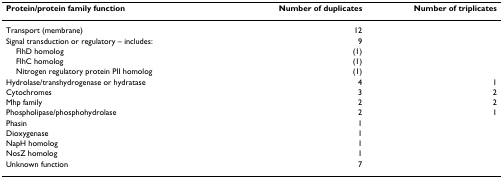
<table><thead><tr><td><b>Protein/protein family function</b></td><td><b>Number of duplicates</b></td><td><b>Number of triplicates</b></td></tr></thead><tbody><tr><td>Transport (membrane)</td><td>12</td><td></td></tr><tr><td>Signal transduction or regulatory – includes:</td><td>9</td><td></td></tr><tr><td> FlhD homolog</td><td>(1)</td><td></td></tr><tr><td> FlhC homolog</td><td>(1)</td><td></td></tr><tr><td> Nitrogen regulatory protein PII homolog</td><td>(1)</td><td></td></tr><tr><td>Hydrolase/transhydrogenase or hydratase</td><td>4</td><td>1</td></tr><tr><td>Cytochromes</td><td>3</td><td>2</td></tr><tr><td>Mhp family</td><td>2</td><td>2</td></tr><tr><td>Phospholipase/phosphohydrolase</td><td>2</td><td>1</td></tr><tr><td>Phasin</td><td>1</td><td></td></tr><tr><td>Dioxygenase</td><td>1</td><td></td></tr><tr><td>NapH homolog</td><td>1</td><td></td></tr><tr><td>NosZ homolog</td><td>1</td><td></td></tr><tr><td>Unknown function</td><td>7</td><td></td></tr></tbody></table>